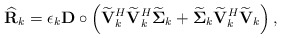
\begin{align*}\widehat{\mathbf{R}}_k = \epsilon_k \mathbf{D} \circ \left(\widetilde{\mathbf{V}}_k^H\widetilde{\mathbf{V}}_k^H\widetilde{\boldsymbol{\Sigma}}_k + \widetilde{\boldsymbol{\Sigma}}_k\widetilde{\mathbf{V}}_k^H \widetilde{\mathbf{V}}_k\right),\end{align*}